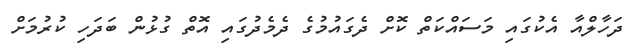
ދަހާލްއާ އެކުގައި މަސައްކަތް ކޮށް ދެގައުމުގެ ދެމެދުގައި އޮތް ގުޅުން ބަދަހި ކުރުމަށް